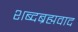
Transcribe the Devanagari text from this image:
शब्दब्रह्मवाद